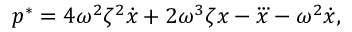
p ^ { * } = 4 \omega ^ { 2 } \zeta ^ { 2 } \dot { x } + 2 \omega ^ { 3 } \zeta { x } - \dddot { x } - \omega ^ { 2 } \dot { x } ,